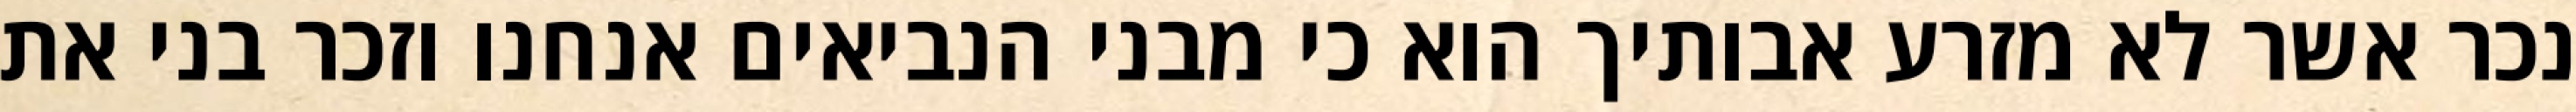
נכר אשר לא מזרע אבותיך הוא כי מבני הנביאים אנחנו וזכר בני את